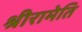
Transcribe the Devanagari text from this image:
श्रीरामेति